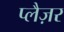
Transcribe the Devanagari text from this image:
प्लैज़र